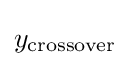
y_{\text{crossover}}